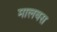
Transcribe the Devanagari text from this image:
मालबस